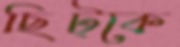
ছিট্‌কে